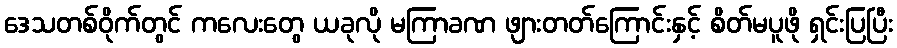
ဒေသတစ်ဝိုက်တွင် ကလေးတွေ ယခုလို မကြာခဏ ဖျားတတ်ကြောင်းနှင့် စိတ်မပူဖို ရှင်းပြပြီး